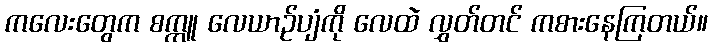
ကလေးတွေက စက္ကူ လေယာဉ်ပျံကို လေထဲ လွှတ်တင် ကစားနေကြတယ်။